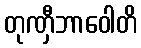
တုဏှီဘာဝေါတိ